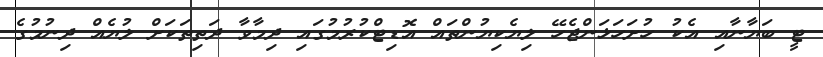
ޓީ ބަޔާނާއި އެކު ހުށަހަޅަންޖެހޭ ލިޔެކިޔުންތައް އޮޑިޓްކުރުމުގައި ދިމާވާ ދަތިތަކަށް ލުޔެއް ދިނުމުގެ